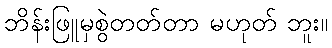
ဘိန်းဖြူမှစွဲတတ်တာ မဟုတ် ဘူး။